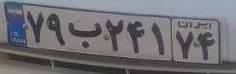
۷۹ب۲۴۱۷۴